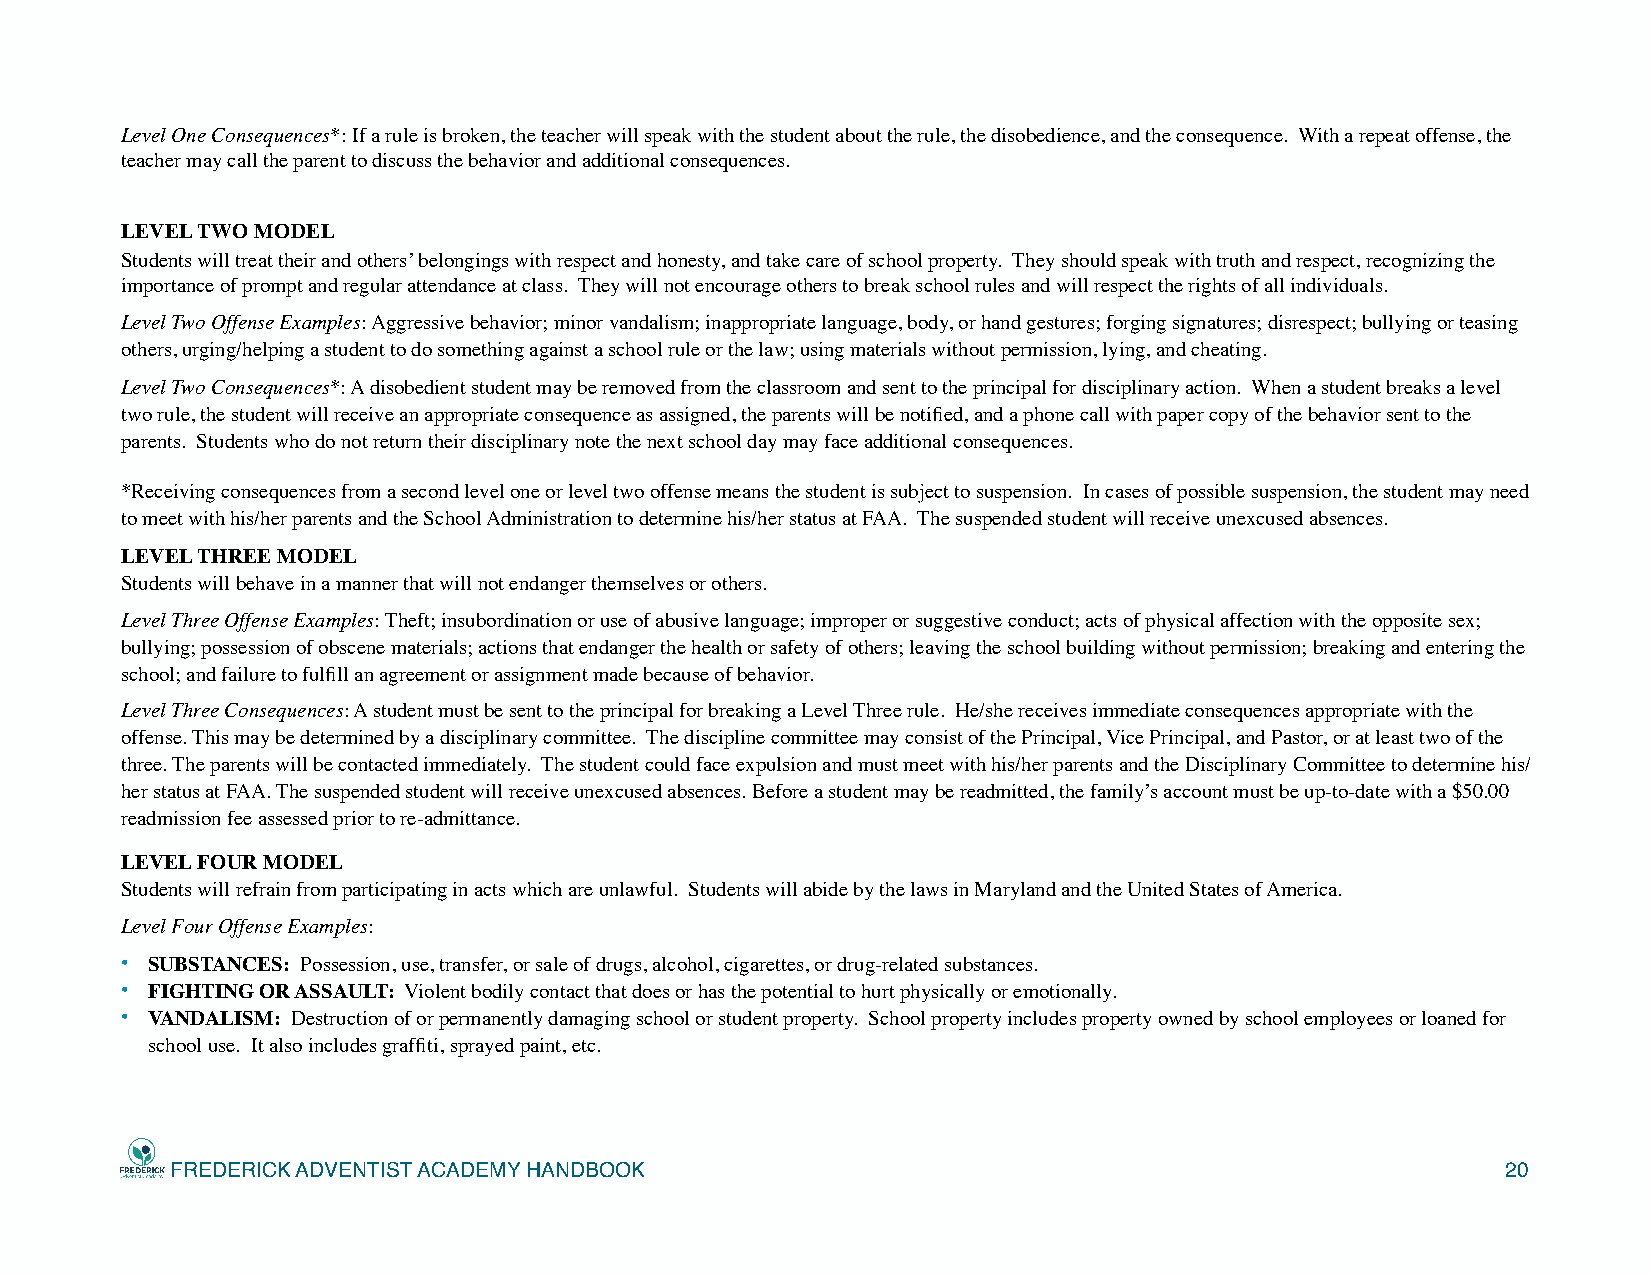
Level One Consequences*: If a rule is broken, the teacher will speak with the student about the rule, the disobedience, and the consequence. With a repeat offense, the
 teacher may call the parent to discuss the behavior and additional consequences.
 LEVEL TWO MODEL
 Students will treat their and others’ belongings with respect and honesty, and take care of school property. They should speak with truth and respect, recognizing the
 importance of prompt and regular attendance at class. They will not encourage others to break school rules and will respect the rights of all individuals.
 Level Two Offense Examples: Aggressive behavior; minor vandalism; inappropriate language, body, or hand gestures; forging signatures; disrespect; bullying or teasing
 others, urging/helping a student to do something against a school rule or the law; using materials without permission, lying, and cheating.
 Level Two Consequences*: A disobedient student may be removed from the classroom and sent to the principal for disciplinary action. When a student breaks a level
 two rule, the student will receive an appropriate consequence as assigned, the parents will be notified, and a phone call with paper copy of the behavior sent to the
 parents. Students who do not return their disciplinary note the next school day may face additional consequences.
 *Receiving consequences from a second level one or level two offense means the student is subject to suspension. In cases of possible suspension, the student may need
 to meet with his/her parents and the School Administration to determine his/her status at FAA. The suspended student will receive unexcused absences.
 LEVEL THREE MODEL
 Students will behave in a manner that will not endanger themselves or others.
 Level Three Offense Examples: Theft; insubordination or use of abusive language; improper or suggestive conduct; acts of physical affection with the opposite sex;
 bullying; possession of obscene materials; actions that endanger the health or safety of others; leaving the school building without permission; breaking and entering the
 school; and failure to fulfill an agreement or assignment made because of behavior.
 Level Three Consequences: A student must be sent to the principal for breaking a Level Three rule. He/she receives immediate consequences appropriate with the
 offense. This may be determined by a disciplinary committee. The discipline committee may consist of the Principal, Vice Principal, and Pastor, or at least two of the
 three. The parents will be contacted immediately. The student could face expulsion and must meet with his/her parents and the Disciplinary Committee to determine his/
 her status at FAA. The suspended student will receive unexcused absences. Before a student may be readmitted, the family’s account must be up-to-date with a $50.00
 readmission fee assessed prior to re-admittance.
 LEVEL FOUR MODEL
 Students will refrain from participating in acts which are unlawful. Students will abide by the laws in Maryland and the United States of America.
 Level Four Offense Examples:
 • SUBSTANCES: Possession, use, transfer, or sale of drugs, alcohol, cigarettes, or drug-related substances.
 • FIGHTING OR ASSAULT: Violent bodily contact that does or has the potential to hurt physically or emotionally.
 • VANDALISM: Destruction of or permanently damaging school or student property. School property includes property owned by school employees or loaned for
 school use. It also includes graffiti, sprayed paint, etc.
 FREDERICK ADVENTIST ACADEMY HANDBOOK                                                     20